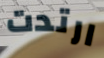
ارتدت